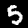
Label: 5